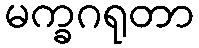
မက္ခဂရုတာ